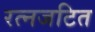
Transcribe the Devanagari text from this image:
रत्नजटित